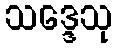
သဒ္ဒေသု